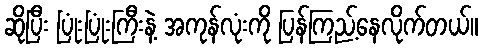
ဆိုပြီး ပြုံးပြုံးကြီးနဲ့ အကုန်လုံးကို ပြန်ကြည့်နေလိုက်တယ်။